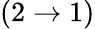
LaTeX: (2\rightarrow 1)